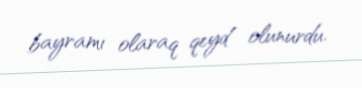
bayramı olaraq qeyd olunurdu.